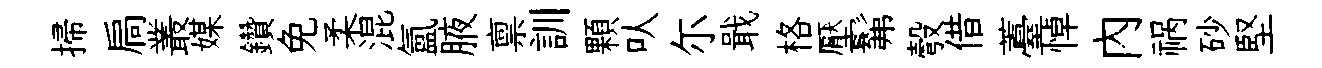
掃扃叢媒鑽免柔混氳腋禀訓顆㕥尓戢格壓髴彀借薹悼内祸砂堅